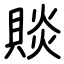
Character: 賧